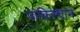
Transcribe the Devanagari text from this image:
पाकिस्त्तान